Annual report of the Central Committee of the Association together with the report of the directors of the Pasteur Institute at Kasauli
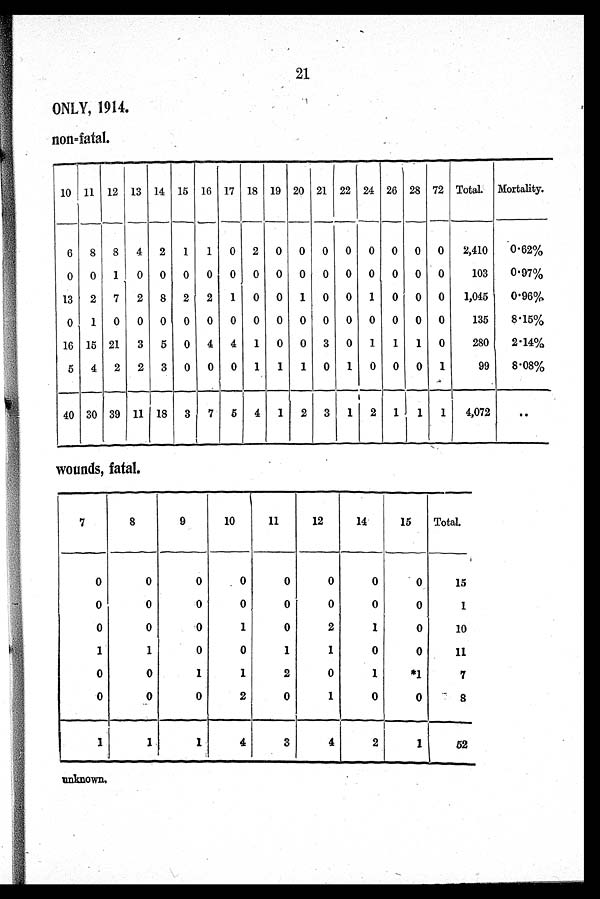
21
ONLY, 1914.
non-fatal.
10 11 12 13 14 15 16 17 18 19 20 21 22 24 26 28 72 Total. Mortality.
6
8
8
4
2
1
-
1
0
2
0
0
0
0
0
0
0
0
2,410
0.62%
0
0
1
0
0
0
0
0
0
0
0
0
0
0
0
0
0
103
0.97%
13
2
7
2
8
2
2
1
0
0
1
0
0
1
0
0
0
1,045
0.96%
0
1
0
0
0
0
0
0
0
0
0
0
0
0
0
0
0
135
8.15%
16 15 21
3
5
0
4
4
1
0
0
3
0
1
1
1
0
280
2.14%
5
4
2
2
3
0
0
0
1
1
1
0
1
0
0
0
1
99
8.08%
40 30 39 11 18
3
7
5
4
1
2
3
1
2
1
1
1
4,072
..
wounds, fatal.
7
8
9
10
11
12
14
15
Total.
0
0
0
0
0
0
0
0
15
0
0
0
0
0
0
0
0
1
0
0
0
1
0
2
1
0
10
1
1
0
0
1
1
0
0
11
0
0
1
1
2
0
1
*1
7
0
0
0
2
0
1
0
0
8
1
1
1
4
3
4
2
1
52
unknown,